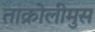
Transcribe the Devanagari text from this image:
ताक्रोलीमुस